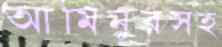
আমিনুরসহ